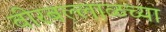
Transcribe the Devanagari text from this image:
वीरबल्लाळच्या